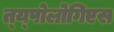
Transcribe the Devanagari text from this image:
त्य्पोलोगिएस